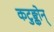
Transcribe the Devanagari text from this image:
कटुङ्कोन्